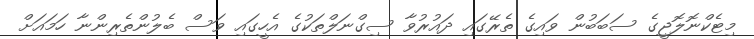
މިޓެކްނޮލޮޖީގެ ސަބަބުން ވައިގެ ތެރޭގައި ދައުރުވާ ސިގްނަލްތަކުގެ އެހީގައި ވަސް ބެލުންތެރިންނާ ހަމައަށް